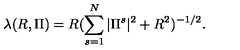
\lambda ( R , \Pi ) = R ( \sum _ { s = 1 } ^ { N } | \Pi ^ { s } | ^ { 2 } + R ^ { 2 } ) ^ { - 1 / 2 } .